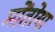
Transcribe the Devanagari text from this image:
मोंतोया